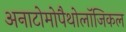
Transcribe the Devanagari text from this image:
अनाटोमोपैथोलॉजिकल